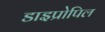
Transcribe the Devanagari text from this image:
डाइप्रोपिल